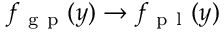
f _ { \mathrm { ~ g ~ p ~ } } ( y ) \rightarrow f _ { \mathrm { ~ p ~ l ~ } } ( y )